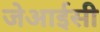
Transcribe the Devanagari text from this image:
जेआईसी